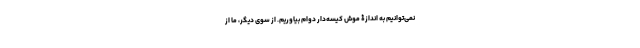
نمی‌توانیم به اندازۀ موش کیسه‌دار دوام بیاوریم. از سوی دیگر، ما از